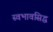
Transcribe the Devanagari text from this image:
स्वभावसिद्ध